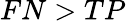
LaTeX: FN>TP